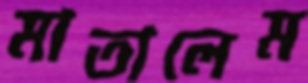
মাতালেম